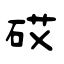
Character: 砹